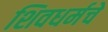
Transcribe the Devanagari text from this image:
शिवधर्मचे